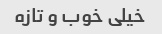
خیلی خوب و تازه